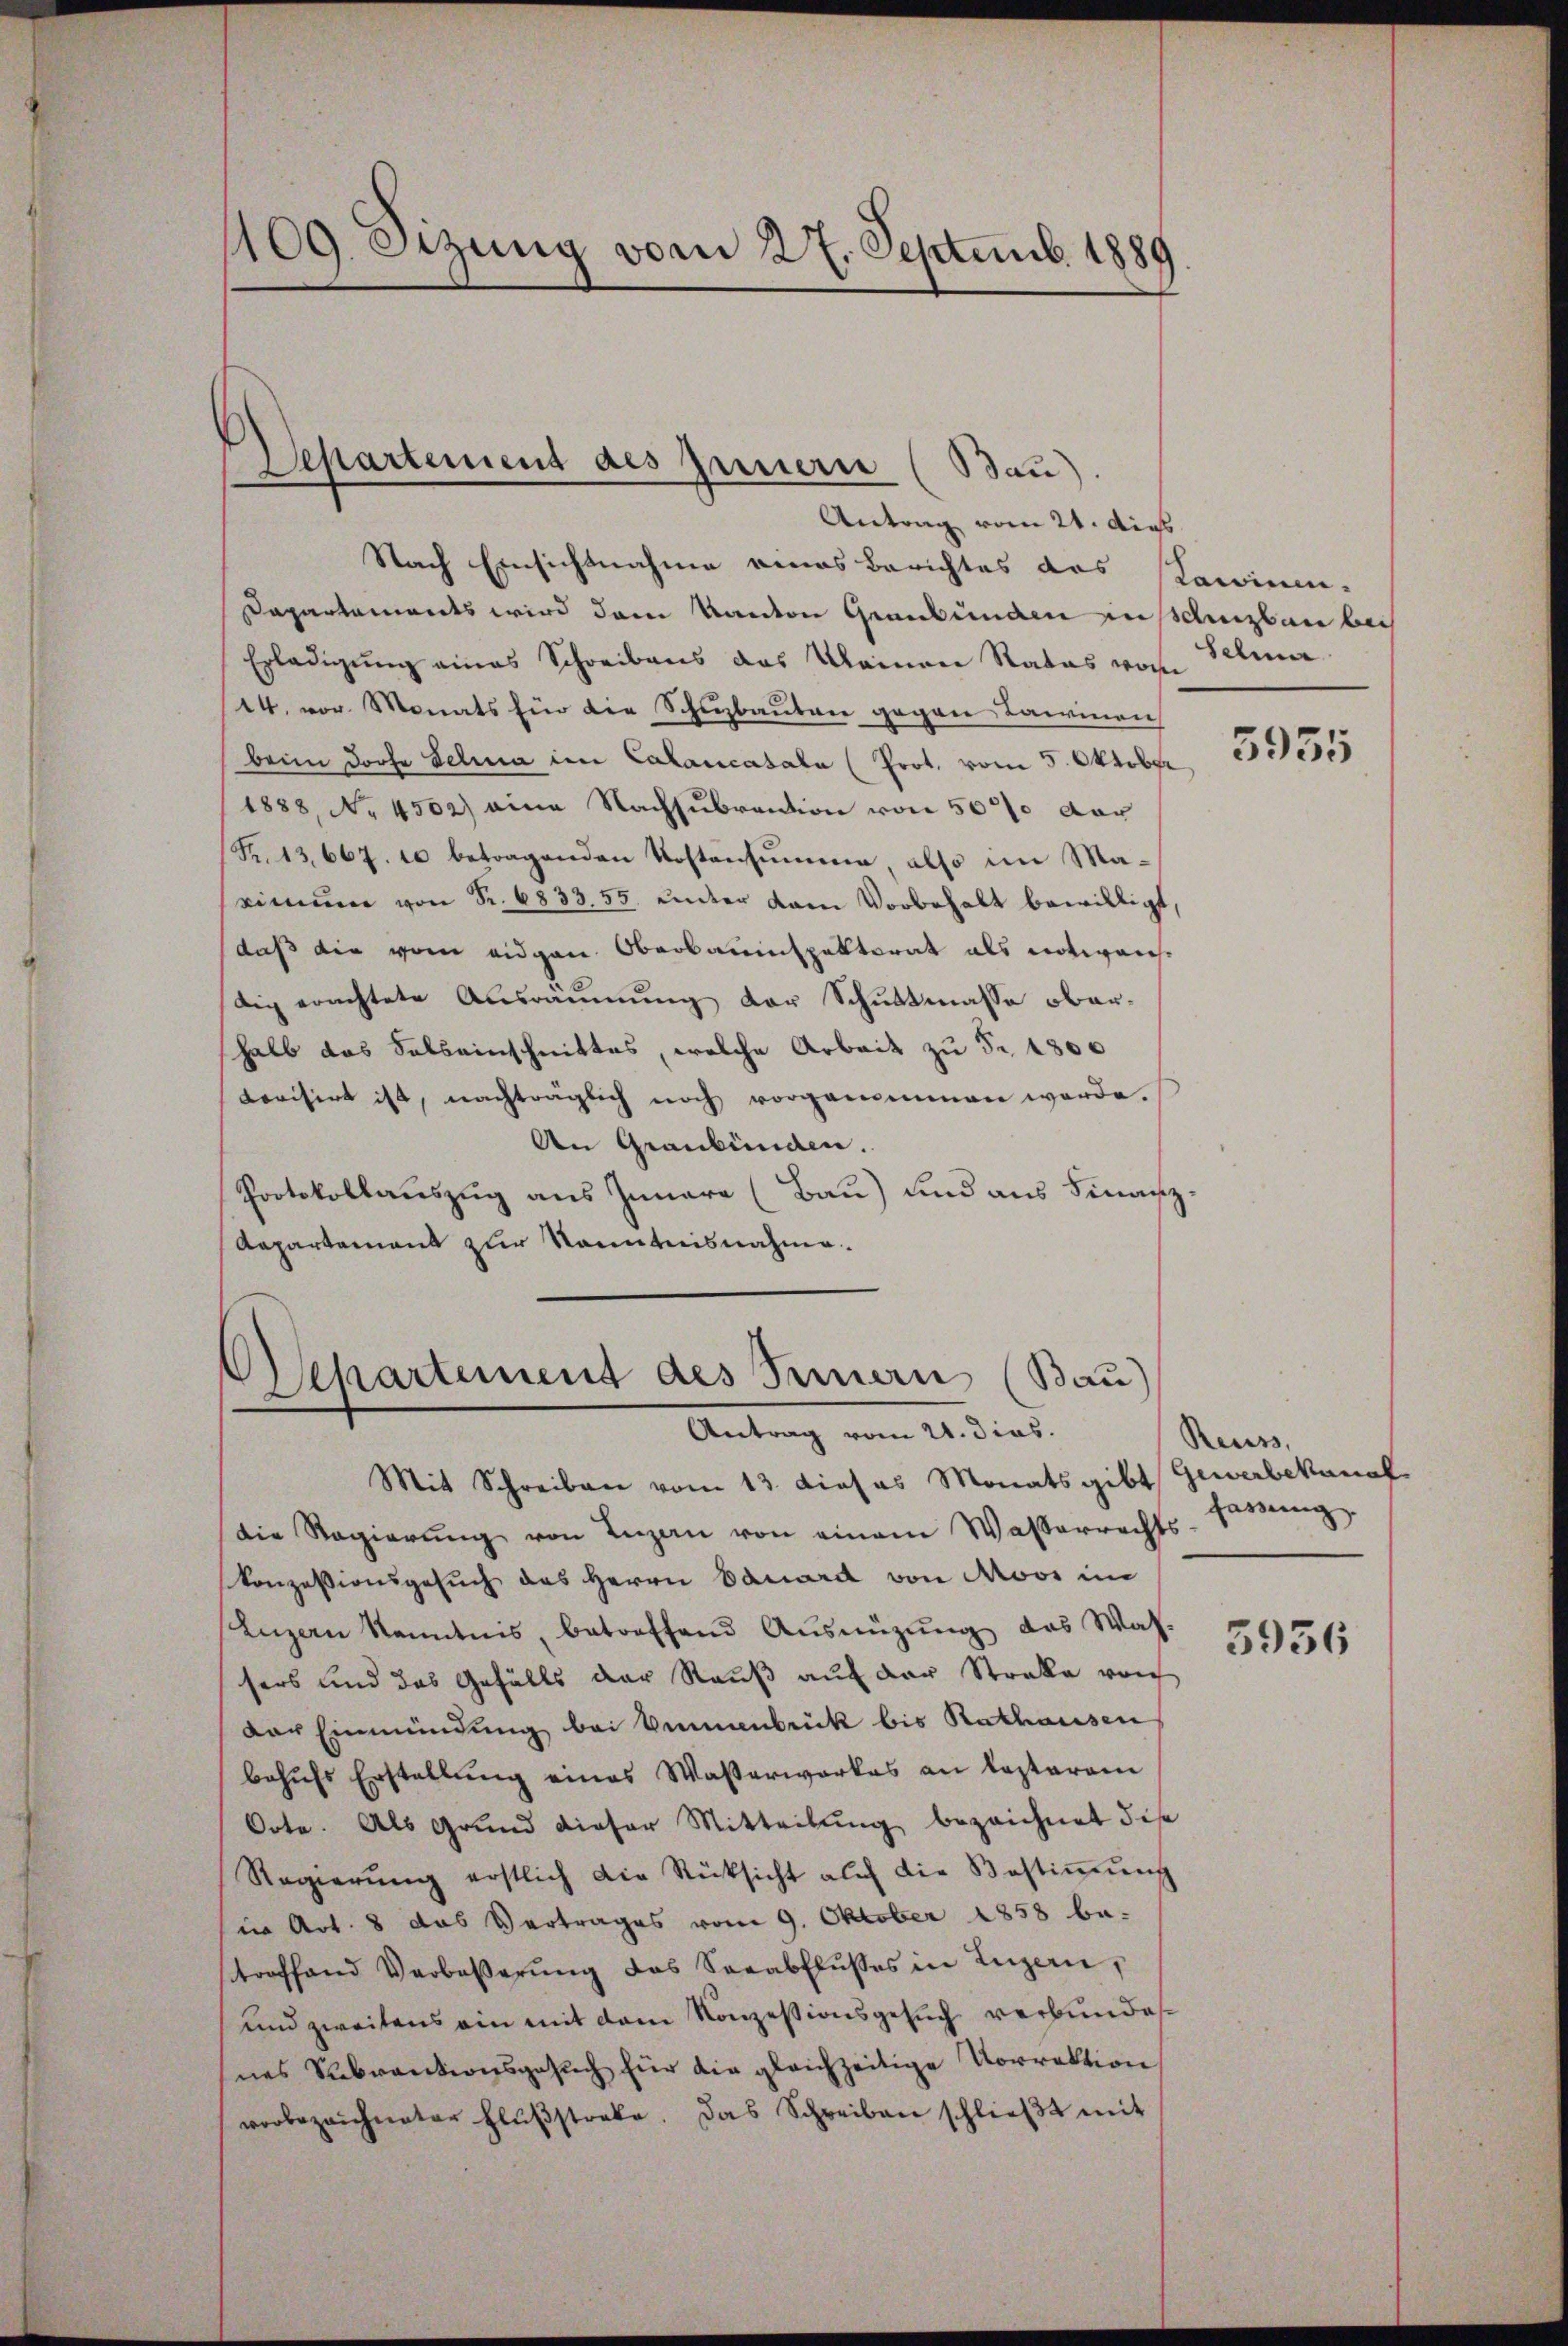
109. Setzung vom 27. Septemb. 1889

Departement des Innern (Bau).

Antrag vom 21. dies
Nach Einsichtnahme eines Berichtes des Kamini-
Dapartaments wird dem Kanton Graubungen eisenbar bei
Erledigung eines Schreibens das Mannere Rates vor
14. vor. Monats für die Schuzbauten gegen Lainen
beim doche Selna im Calancasala (Prot. vom 5. Oktober
1888, No 4502) eine Nachsubvention von 5000 dar
(S. 13,667. 10 betragenden Kostensumme, also im Maximŭm von Fr. 6833. 55 under vom Vorbehalt bewilligt,
daß die vom eidgen. Oberbauinspektorat als notweichdig erachtete Ausräumung der Schuttmasse oberhalb das Salseinschnittes, welche Arbeit zu Fr. 4800
Levisirt ist, nachträglich noch vorgenommen werde.
An Graubünden.
Protokollauszug aus Innere (Bau) und aus Finanz
Aapartament zur Kenntnisnahme.

Departement des Innern (Bau)
Antrag vom 21. dies.

Mit Schreiben vom 13. dieses Monats gibt. Gewerbekanal
die Regierŭng von Luzan von einem Wasserrechts
konzessionsgesŭch das Herrn Bauard von Moos im
Luzern kenntnis, betreffend Ausnüzung das Wassers und das Gefälls der Rauß auf der Streke von
der Einmündung bei kommenbrück bis Rathausen
behŭfs Erstellŭng eines Wasserwerkes an Kosteram
Oote. Als Grund dieser Mitteilung bezeichnet dise
Regierŭng erstlich die Rücksicht auch die Bestiṁŭng
in Art. 8 das Vertrages vom 9. Oktober 1858 be-
troffend Verboβerŭng das Serabflŭsses in Luzern,
und zweitens ein mit dem Konzessionsgesuch verbundes
nes Subventionsgesuch für die gleichzeitige Vorrektion
vorbezeichneter Flŭβstrafe. Das Schreiben schlieβt mit

selma

5955

Reuss,
Harung

3936